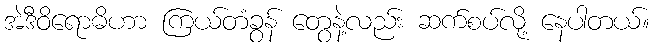
အဲဒီဝိရောဓိဟာ ကြယ်တံခွန် တွေနဲ့လည်း ဆက်စပ်လို့ နေပါတယ်။